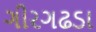
ગીરગઢડા